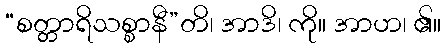
“စတ္တာရိသစ္စာနီ”တိ၊ အာဒိ၊ ကို။ အာဟ၊ ၏။